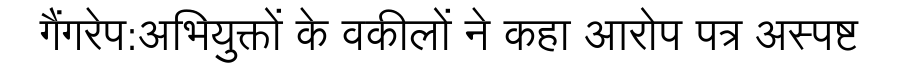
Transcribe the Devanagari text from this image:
गैंगरेप:अभियुक्तों के वकीलों ने कहा आरोप पत्र अस्पष्ट